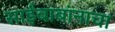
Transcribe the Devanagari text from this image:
साईबाबांनाचा